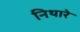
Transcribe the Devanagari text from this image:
निथारे